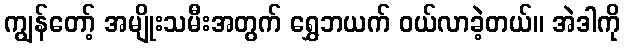
ကျွန်တော့် အမျိုးသမီးအတွက် ရွှေဘယက် ဝယ်လာခဲ့တယ်။ အဲဒါကို